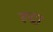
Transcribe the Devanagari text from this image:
रूद्रा